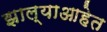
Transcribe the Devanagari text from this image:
झाल्याआहेत